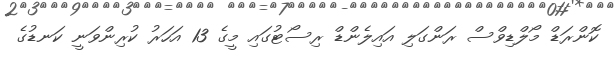
ކޮންރަޑް މޯލްޑިވްސް ރަންގަލި އައިލެންޑް ރިސޯޓުގައި މީގެ 13 އަހަރު ކުރިންވަނީ ކަނޑުގެ